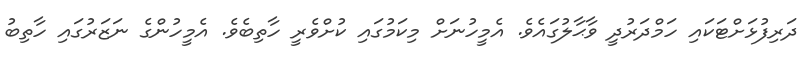
ދަރިފުޅަށްޓަކައި ހަމްދަރުދީ ވާޙާލުގައެވެ. އެމީހުނަށް މިކަމުގައި ކުށްވެރީ ހާތިބެވެ. އެމީހުންގެ ނަޒަރުގައި ހާތިބު